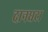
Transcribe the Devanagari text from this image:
दानघटा